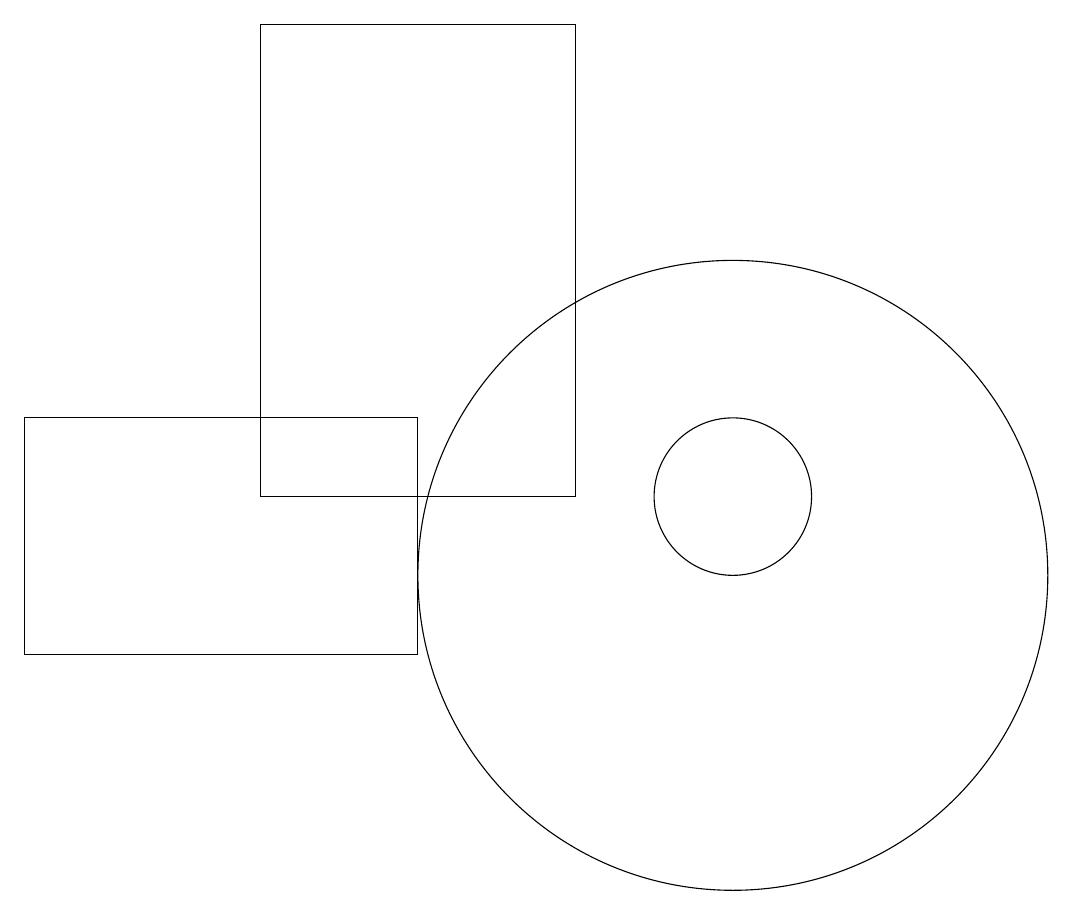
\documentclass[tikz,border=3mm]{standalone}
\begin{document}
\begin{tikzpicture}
\draw (5,14) rectangle (5,15);
\draw (11,11) circle (4);
\draw (2,10) rectangle (7,13);
\draw (11,12) circle (1);
\draw (9,12) rectangle (5,18);
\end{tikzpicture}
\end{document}